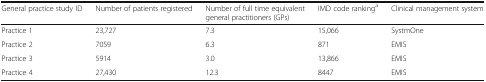
<table><thead><tr><td><b>General practice study ID</b></td><td><b>Number of patients registered</b></td><td><b>Number of full time equivalent general practitioners (GPs)</b></td><td><b>IMD code ranking<sup>a</sup></b></td><td><b>Clinical management system</b></td></tr></thead><tbody><tr><td>Practice 1</td><td>23,727</td><td>7.3</td><td>15,066</td><td>SystmOne</td></tr><tr><td>Practice 2</td><td>7059</td><td>6.3</td><td>871</td><td>EMIS</td></tr><tr><td>Practice 3</td><td>5914</td><td>3.0</td><td>13,866</td><td>EMIS</td></tr><tr><td>Practice 4</td><td>27,430</td><td>12.3</td><td>8447</td><td>EMIS</td></tr></tbody></table>